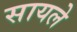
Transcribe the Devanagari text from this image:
सायले